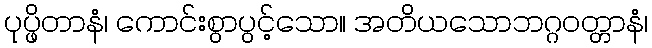
ပုပ္ဖိတာနံ၊ ကောင်းစွာပွင့်သော။ အတိယသောဘဂ္ဂဝတ္တာနံ၊